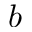
b